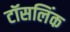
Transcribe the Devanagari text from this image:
टॉसलिंक